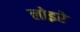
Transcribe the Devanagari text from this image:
लोइरे